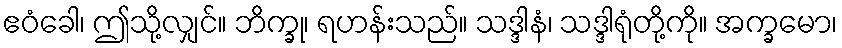
ဧဝံခေါ၊ ဤသို့လျှင်။ ဘိက္ခု၊ ရဟန်းသည်။ သဒ္ဒါနံ၊ သဒ္ဒါရုံတို့ကို။ အက္ခမော၊